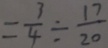
= \frac { 3 } { 4 } \div \frac { 1 7 } { 2 0 }